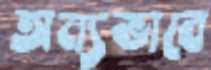
অন্যভাবে